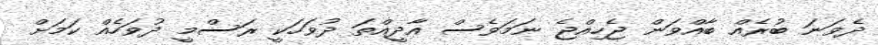
ދެވަނަ ބުރެއް ބާއްވަން ޖެހިއްޖެ ނަމަވެސް އާދީއްތަ ދުވަހަކީ ރަސްމީ ދުވަހެއް ކަމަށް